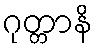
ဂုတ္တာနိ